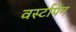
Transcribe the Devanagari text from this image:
वर्स्टापेन